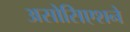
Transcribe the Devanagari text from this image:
असोसिएशने